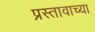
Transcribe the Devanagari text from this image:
प्रस्तावाच्या